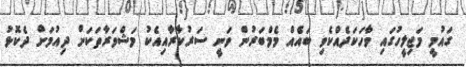
ގައުމީ މަޖިލީހުގައި ވާހަކަދެއްކެވި ބައެއް މެމްބަރުން ވަނީ ސަރުކާރާއިއެކު މަޝްވަރާތަކަށް ދިއުމަށް ދެކޮޅު